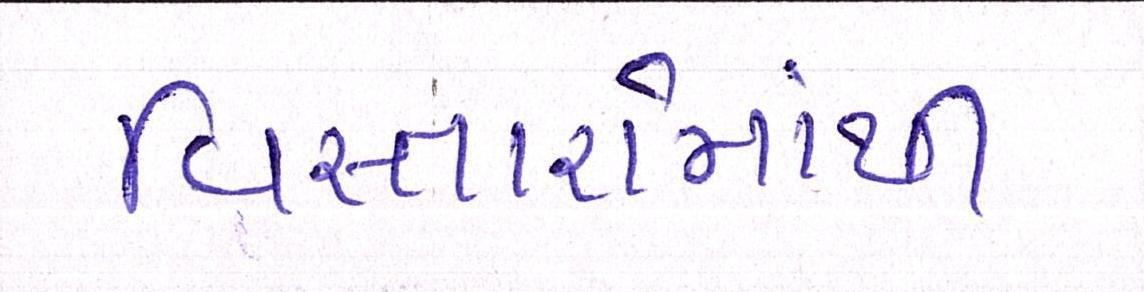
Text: વિસ્તારોમાંથી